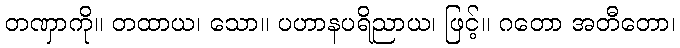
တဏှာကို။ တထာယ၊ သော။ ပဟာနပရိညာယ၊ ဖြင့်။ ဂတော အတီတော၊